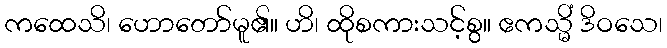
ကထေသိ၊ ဟောတော်မူ၏။ ဟိ၊ ထိုစကားသင့်စွ။ ဧကသ္မိံ ဒိဝသေ၊